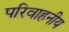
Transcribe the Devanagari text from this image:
परिवाहनीय